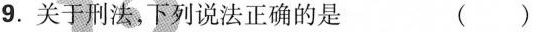
9.关于刑法，下列说法正确的是 ()